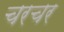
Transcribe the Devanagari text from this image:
चरचर